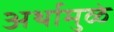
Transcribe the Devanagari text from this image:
अर्थामुळे